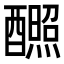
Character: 𬪸